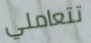
تتعاملي